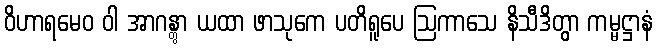
ဝိဟာရမေဝ ဝါ အာဂန္တွာ ယထာ ဖာသုကေ ပတိရူပေ ဩကာသေ နိသီဒိတွာ ကမ္မဋ္ဌာနံ